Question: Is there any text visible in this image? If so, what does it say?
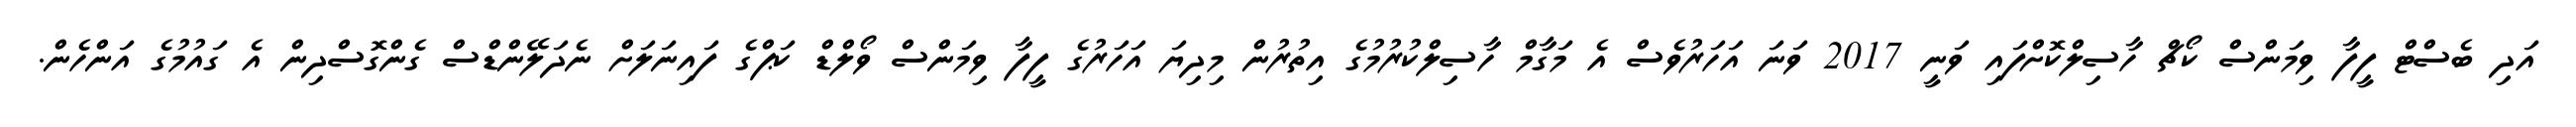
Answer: އަދި ބެސްޓް ފީފާ ވިމަންސް ކޯޗް ހާސިލްކޮށްފައި ވަނީ 2017 ވަނަ އަހަރުވެސް އެ މަގާމް ހާސިލްކުރުމުގެ އިތުރުން މިދިޔަ އަހަރުގެ ފީފާ ވިމަންސް ވޯލްޑް ކަޕްގެ ފައިނަލަށް ނެދަލޭންޑްސް ގެންގޮސްދިން އެ ގައުމުގެ އަންހެން.